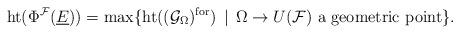
LaTeX: \begin{align*}\mathrm{ht}(\Phi^{{\mathcal F}}(\underline{E}))=\max \{ \mathrm{ht}(({\mathcal G}_\Omega)^{\mathrm{for}})\,\mid\, \Omega\to U({\mathcal F})\mbox{ a geometric point} \}.\end{align*}